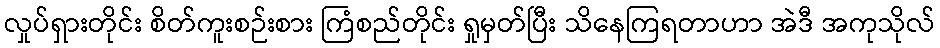
လှုပ်ရှားတိုင်း စိတ်ကူးစဉ်းစား ကြံစည်တိုင်း ရှုမှတ်ပြီး သိနေကြရတာဟာ အဲဒီ အကုသိုလ်